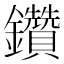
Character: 鑽